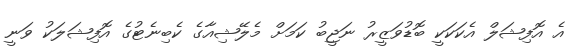
އެ އޮފިޝަލް އެކަކަކީ ބޮޑުވަޒީރު ނަޖީބު ކަމަށް މެލޭޝިއާގެ ކެބިނެޓުގެ އޮފިޝަލަކު ވަނީ